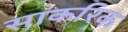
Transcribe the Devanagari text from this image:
साकरिक